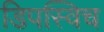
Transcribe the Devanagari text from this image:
डिपस्विच